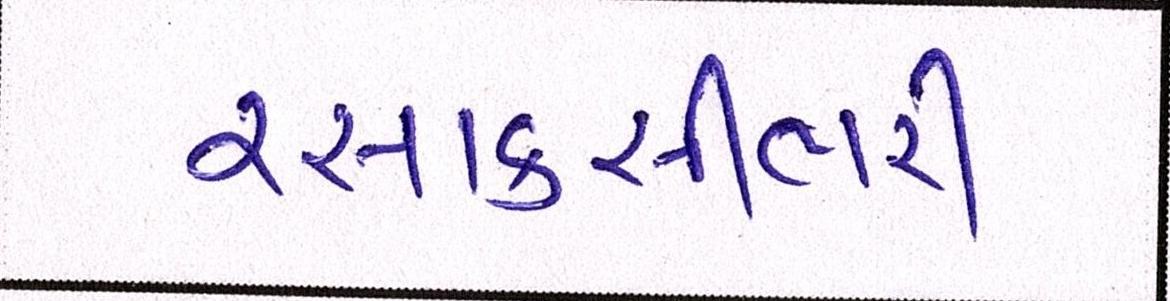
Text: રસાકસીભરી